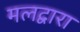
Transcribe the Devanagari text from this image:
मलद्वारा